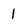
Character: 1